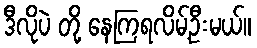
ဒီလိုပဲ တို့ နေကြရလိမ့်ဦးမယ်။